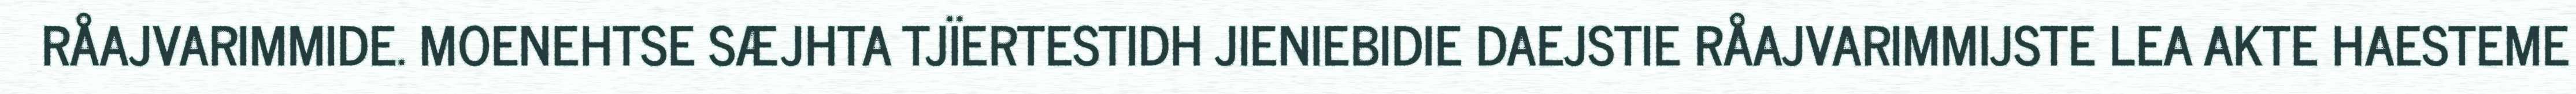
RÅAJVARIMMIDE. MOENEHTSE SÆJHTA TJÏERTESTIDH JIENIEBIDIE DAEJSTIE RÅAJVARIMMIJSTE LEA AKTE HAESTEME